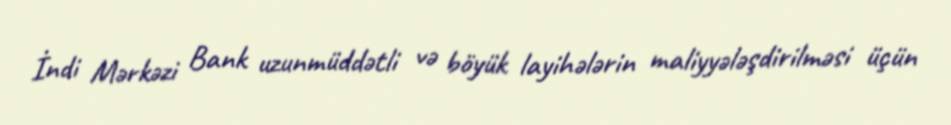
İndi Mərkəzi Bank uzunmüddətli və böyük layihələrin maliyyələşdirilməsi üçün